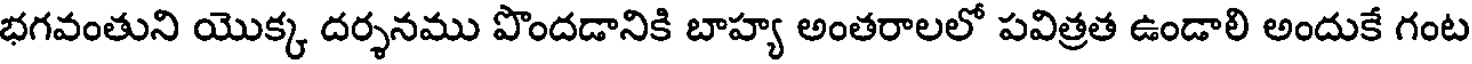
భగవంతుని యొక్క దర్శనము పొందడానికి బాహ్య అంతరాలలో పవిత్రత ఉండాలి అందుకే గంట